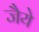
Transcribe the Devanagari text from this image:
जैये